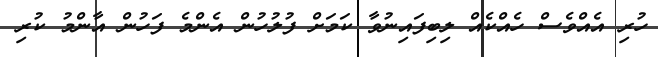
ހުރި އެއްވެސް ހެއްކެއް ލިބިފައިނުވާ ކަމަށް ފުލުހުން އެންމެ ފަހުން އާންމު ކުރި